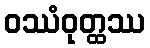
ဝဿံဝုတ္ထဿ